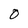
Character: O